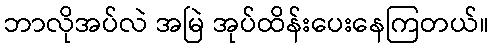
ဘာလိုအပ်လဲ အမြဲ အုပ်ထိန်းပေးနေကြတယ်။